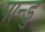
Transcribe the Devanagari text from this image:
पान्डु